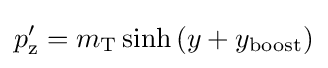
p'_{\text{z}}=m_{\text{T}}\sinh {\left(y+y_{\mathrm {boost} }\right)}